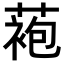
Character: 𬞆